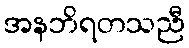
အနဘိရတသညီ